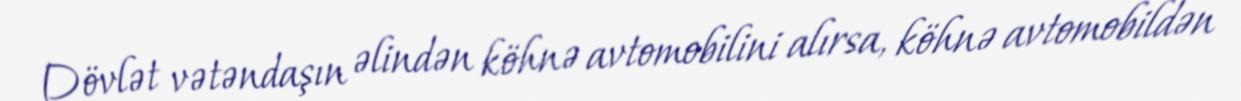
Dövlət vətəndaşın əlindən köhnə avtomobilini alırsa, köhnə avtomobildən